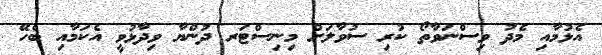
އެޅުމާއި މެދު ވިސްނަވާތޯ ކުރި ސުވާލަށް މިނިސްޓަރ ދުންޔާ ވިދާޅުވީ އެކަމާއި ބެހޭ